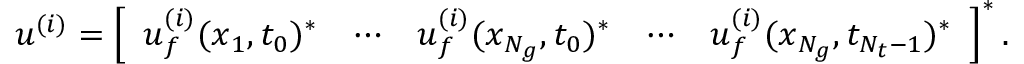
\begin{array} { r } { \boldsymbol { u } ^ { ( i ) } = \left[ \begin{array} { l l l l l } { \boldsymbol { u } _ { f } ^ { ( i ) } ( \boldsymbol { x } _ { 1 } , t _ { 0 } ) ^ { * } } & { \cdots } & { \boldsymbol { u } _ { f } ^ { ( i ) } ( \boldsymbol { x } _ { N _ { g } } , t _ { 0 } ) ^ { * } } & { \cdots } & { \boldsymbol { u } _ { f } ^ { ( i ) } ( \boldsymbol { x } _ { N _ { g } } , t _ { N _ { t } - 1 } ) ^ { * } } \end{array} \right] ^ { * } . } \end{array}